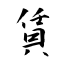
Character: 賃